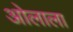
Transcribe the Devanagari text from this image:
ओलाला